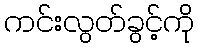
ကင်းလွတ်ခွင့်ကို